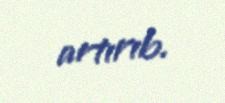
artırıb.